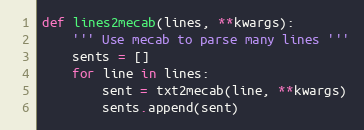
Language: Python
def lines2mecab(lines, **kwargs):
    ''' Use mecab to parse many lines '''
    sents = []
    for line in lines:
        sent = txt2mecab(line, **kwargs)
        sents.append(sent)